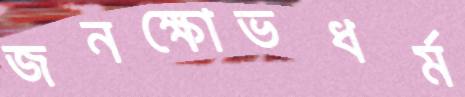
জনক্ষোভধর্ম